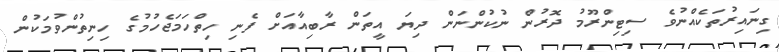
ގިނައިރުތަކެއްނުވެ ސިޓިންރޫމު ދޮރުން ނުކުންނަން ދިޔަ އީތަން ރާބިއާއަށް ފެނި ހިތްހަމަޖެހުމުގެ ހިނިތުންވުމަކުން